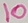
Text: 10